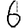
Digit: 6